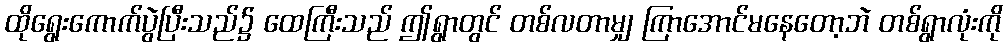
ထိုရွေးကောက်ပွဲပြီးသည်၌ ထေကြီးသည် ဤရွာတွင် တစ်လတာမျှ ကြာအောင်မနေတော့ဘဲ တစ်ရွာလုံးကို